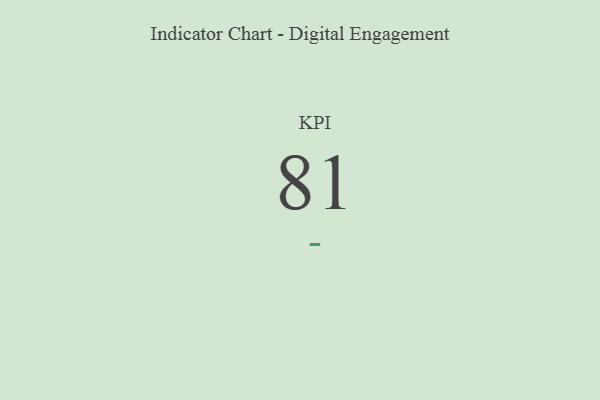
{"axis": {"x": "KPI", "y": "Value"}, "legend": [""], "data": [{"x": "KPI", "y": 81, "type": ""}]}